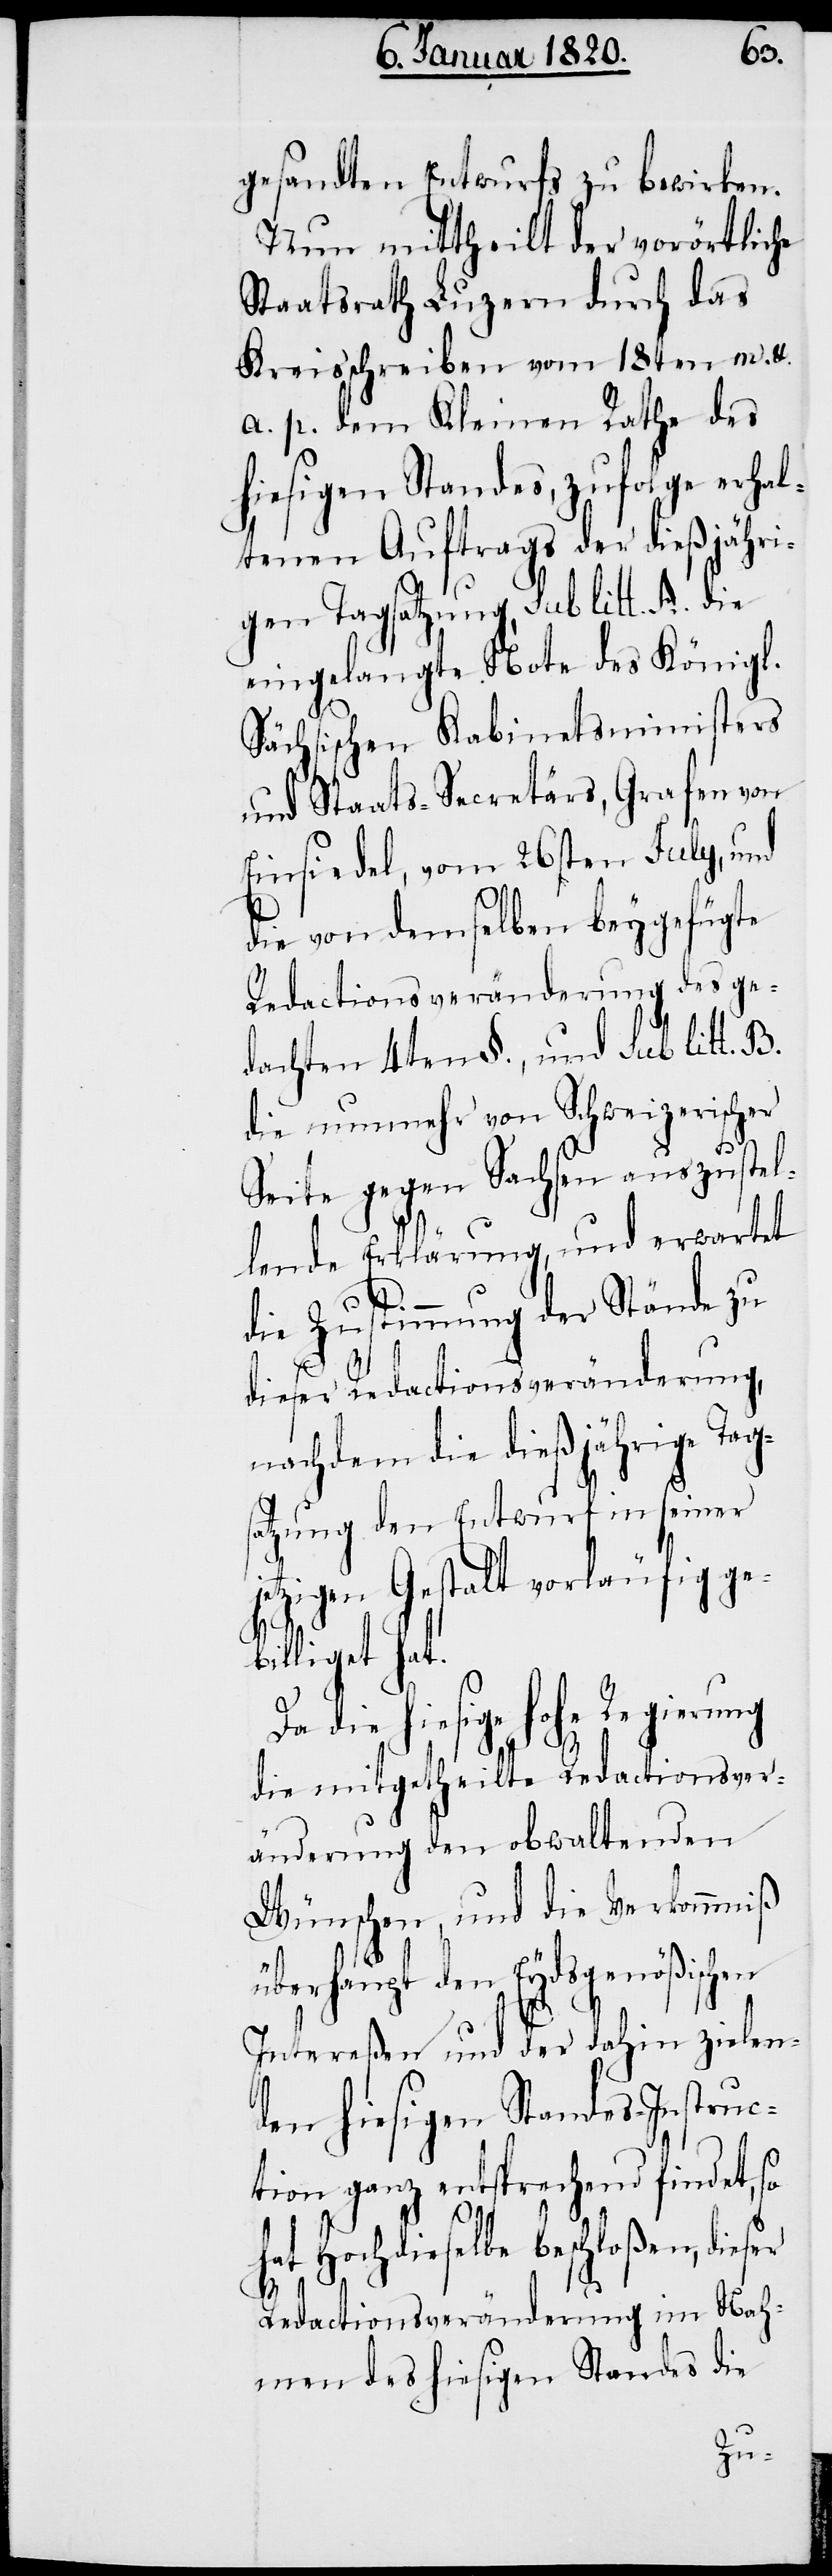
gesandten Entwurfs zu bewirken.
Nun mittheilt der vorörtliche
Staatsrath Luzern durch das
Kreisschreiben vom 18ten m. et
a. p. dem Kleinen Rathe des
hiesigen Standes, zufolge erhal¬
tenen Auftrags der dießjähri¬
gen Tagsatzung, sub litt. A. die
eingelangte Note des Königl.
Sächsischen Kabinetsministers
und Staats-Secretärs, Grafen von
Einsiedel, vom 26sten July, und
die von demselben beygefügte
Redactionsveränderung des ge¬
dachten 4ten §., und sub litt. B.
die nunmehr von Schweizerischer
Seite gegen Sachsen auszustel¬
lende Erklärung, und erwartet
die Zustimmung der Stände zu
dieser Redactionsveränderung,
nachdem die dießjährige Tags¬
atzung den Entwurf in seiner
jetzigen Gestalt vorläufig geb¬
illiget hat.
Da die hiesige hohe Regierung
die mitgetheilte Redactionsver¬
änderung den obwaltenden
Wünschen, und die Verkommniß
überhaupt den Eydsgenößischen
Intereßen und der dahin zielen¬
den hiesigen Standes-Instruc¬
tion ganz entsprechend findet, so
hat Hochdieselbe beschloßen, dieser
Redactionsveränderung im Nah¬
men des hiesigen Standes die